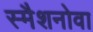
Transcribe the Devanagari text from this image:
स्मैशनोवा